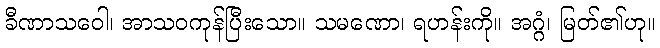
ခီဏာသဝေါ၊ အာသဝကုန်ပြီးသော။ သမဏော၊ ရဟန်းကို။ အဂ္ဂံ၊ မြတ်၏ဟု။